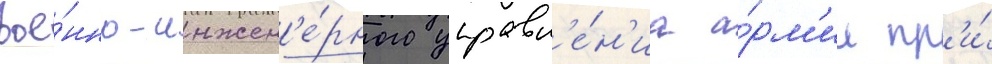
вое́нно-инжен'е́рного управл'е́н'иа а́рм'ии пр'и́